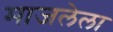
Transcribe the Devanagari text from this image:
माजलेला